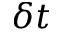
\delta t